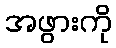
အဖွားကို